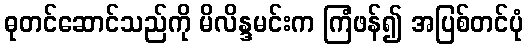
ဓုတင်ဆောင်သည်ကို မိလိန္ဒမင်းက ကြံဖန်၍ အပြစ်တင်ပုံ